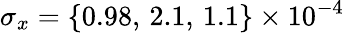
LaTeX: \sigma_{x}=\{ 0.98,\, 2.1,\, 1.1\} \times 10^{-4}